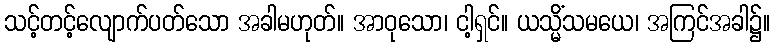
သင့်တင့်လျောက်ပတ်သော အခါမဟုတ်။ အာဝုသော၊ ငါ့ရှင်။ ယသ္မိံသမယေ၊ အကြင်အခါ၌။